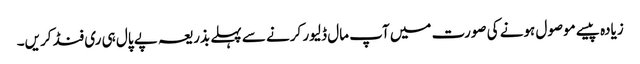
زیادہ پیسے موصول ہونے کی صورت میں آپ مال ڈلیور کرنے سے پہلے بذریعہ پے پال ہی ری فنڈ کریں۔